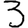
Digit: 3